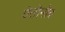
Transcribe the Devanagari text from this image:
एंतोनोव